Vaccination in Bombay 1869-1873 - 1869-1873
Year: 1869
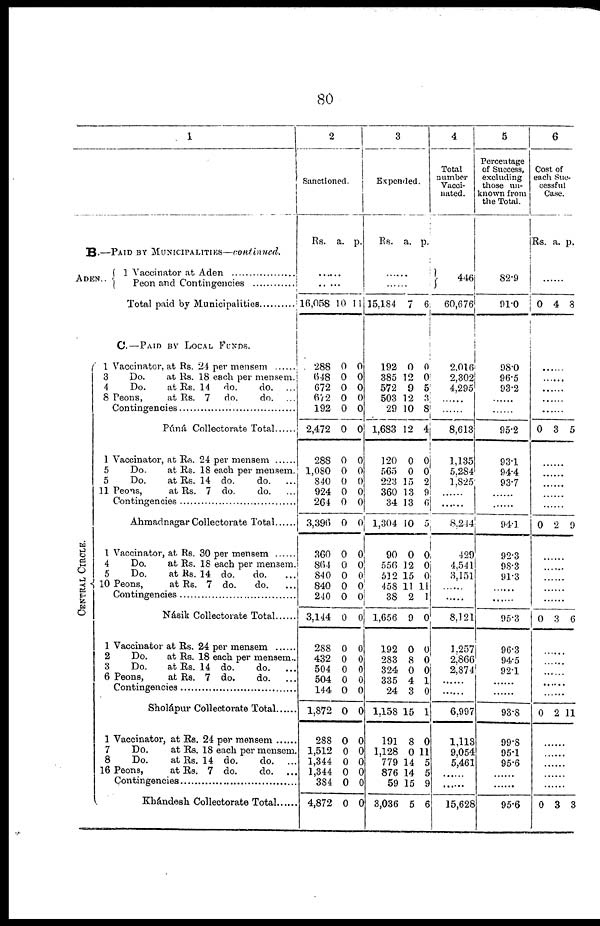
80
1
B.—PAID BY MUNICIPALITIES—continued.
ADEN..
1 Vaccinator at Aden .....................
Peon and Contingencies .................
Total paid by Municipalities ............
C.—PAID BY LOCAL FUNDS.
CENTRAL CIRCLE.
1
3
4
8
1
5
5
11
1
4
5
10
1
2
3
6
1
7
8
16
Vaccinator, at Rs. 24 per mensem
Do.
at Rs. 18 each per mensem.
Do.
at Rs. 14
do.
do.
...
Peons,
at Rs. 7
do.
do. ...
Contingencies .................
Pú'ná Collectorate Total
Vaccinator, at Rs. 24 per mensem
Do.
at Rs. 18 each per mensem.
Do.
at Rs. 14 do.
do. ...
Peons,
at Rs. 7 do.
do. ...
Contingencies ..............
Ahmadnagar Collectorate Total
Vaccinator, at Rs. 30 per mensem ...........
Do.
at Rs. 18 each per mensem.
Do.
at Rs. 14 do.
do. ...
Peons,
at Rs. 7 do.
do. ...
Contingencies .........................
Násik Collectorate Total
Vaccinator at Rs. 24 per mensem ...........
Do.
at Rs. 18 each per mensem..
Do.
at Rs. 14 do.
do. ...
Peons,
at Rs. 7 do.
do.
Contingencies ..................
Sholápur Collectorate Total ..........
Vaccinator, at Rs. 24 per mensem ..........
Do.
at Rs. 18 each per mensem.
Do.
at Rs. 14 do.
do.
...
Peons,
at Rs. 7 do.
do.
Contingencies ........................
Khándesh Collectorate Total ..........
2
Sanctioned.
Rs. a. p.
......
......
16,058
288
648
672
672
192
2,472
288
1,080
840
924
264
3,396
360
864
840
840
240
3,144
288
432
504
504
144
1,872
288
1,512
1,344
1,344
384
4,872
10
0
0
0
0
0
0
0
0
0
0
0
0
0
0
0
0
0
0
0
0
0
0
0
0
0
0
0
0
0
0
11
0
0
0
0
0
0
0
0
0
0
0
0
0
0
0
0
0
4
0
0
0
0
0
0
0
0
0
0
0
0
3
Expended
Rs. a. p.
......
......
15,184
192
385
572
503
29
1,683
120
565
223
360
34
1,304
90
556
512
458
38
1,656
192
283
324
335
24
1,158
191
1,128
779
876
59
3,036
7
0
12
9
12
10
12
0
0
15
13
13
10
0
12
15
11
2
9
0
8
0
4
3
15
8
0
14
14
15
5
6
0
0
5
3
8
4
0
0
2
9
6
5
0
0 0
11
1
0
0
0
0
1
0
1
0
11
5
5
9
6
4
Total
number
Vacci-
nated.
446
60,676
2,016
2,302
4,295
......
......
8,613
1,135
5,284
1,825
......
......
8,244
429
4,541
3,151
......
......
8,121
1,257
2,866
2,874
......
......
6,997
1,113
9,054
5,461
......
......
15,628
5
Percentage
of Success,
excluding
those un-
known from
the Total.
82.9
91.0
98.0
96.5
93.2
......
......
95.2
93.1
94.4
93.7
......
......
94.1
92.3
98.3
91.3
......
......
95.3
96.3
94.5
92.1
......
......
93.8
99.8
95.1
95.6
......
......
95.6
6
Cost of
each Suc-
cessful
Case.
Rs. a. p.
.....
0 4 8
......
......
......
......
......
0 3 5
......
......
......
......
......
0 2 9
......
......
......
......
......
0 3 6
......
......
......
......
......
0 2 11
......
......
......
......
......
0 3 3